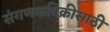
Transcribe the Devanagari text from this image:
संगणकविक्रीसाठी